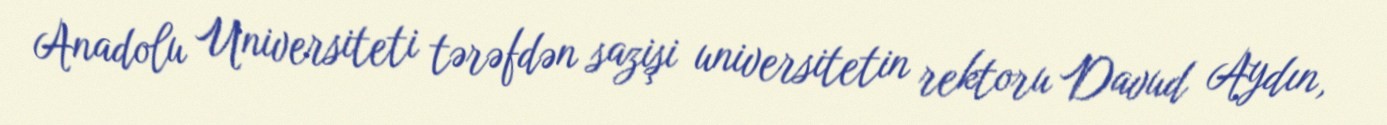
Anadolu Universiteti tərəfdən sazişi universitetin rektoru Davud Aydın,